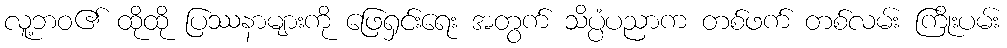
လူ့ဘဝ၏ ထိုထို ပြဿနာများကို ဖြေရှင်းရေး အတွက် သိပ္ပံပညာက တစ်ဖက် တစ်လမ်း ကြိုးပမ်း